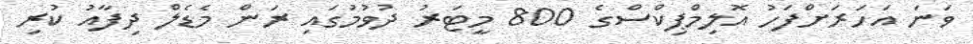
ވަނަ އަހަރަށްފަހު އޮލިމްޕިކްސްގެ 800 މީޓަރު ދުވުމުގައި ރަން މެޑެލް ދިފާއު ކުރި